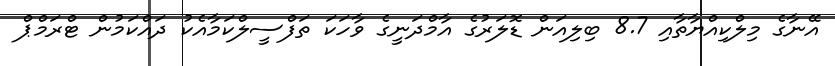
އޭނާގެ މިލްކިއްޔާތާއި 8.7 ބިލިއަން ޑޮލަރުގެ އާމްދަނީގެ ވާހަކަ ތަފްސީލްކަމާއެކު ދައްކަމުން ޓްރަމްޕް